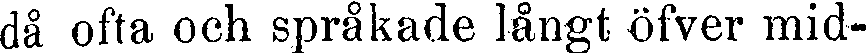
då ofta och språkade långt öfver mid-